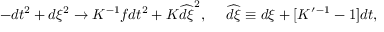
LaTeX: - d t ^ { 2 } + d \xi ^ { 2 } \to K ^ { - 1 } f d t ^ { 2 } + K \widehat { d \xi } ^ { 2 } , \ \ \ \ \widehat { d \xi } \equiv d \xi + [ K ^ { \prime \, - 1 } - 1 ] d t ,